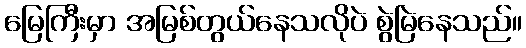
မြေကြီးမှာ အမြစ်တွယ်နေသလိုပဲ စွဲမြဲနေသည်။